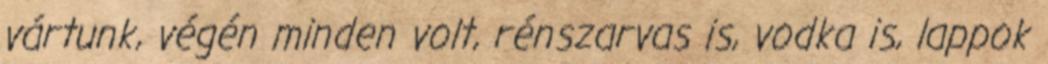
vártunk, végén minden volt, rénszarvas is, vodka is, lappok